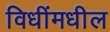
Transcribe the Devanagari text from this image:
विधींमधील